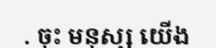
. ចុះ មនុស្ស យើង